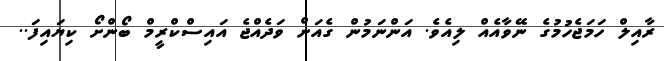
ރާއިލް ހަމަޖެހުމުގެ ނޭވާއެއް ލިއެވެ. އަންނަމުން ގެއަށް ވަދެއްޖެ އައިސްކްރީމް ބޯންށޯ ކިޔައިފަ..